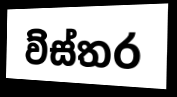
ව්ස්තර